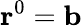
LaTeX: \textrm{\textbf{r}}^{0}=\textrm{\textbf{b}}